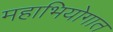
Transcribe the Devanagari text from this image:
महाभियोगात